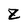
Character: Z